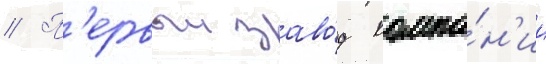
// П'ервыи заво́д компа́н'ии